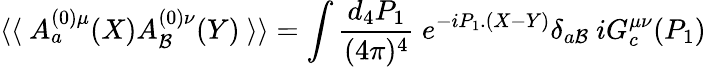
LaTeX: \langle\langle\ A_{a}^{(0)\mu}(X)A_{\mathcal{B}}^{(0)\nu}(Y)\ \rangle\rangle=\int{\frac{{d_{4}P_{1}}}{{(4\pi)^{4}}}}\ e^{-iP_{1}.(X-Y)}\delta_{a\mathcal{B}}\ iG_{c}^{\mu\nu}(P_{1})